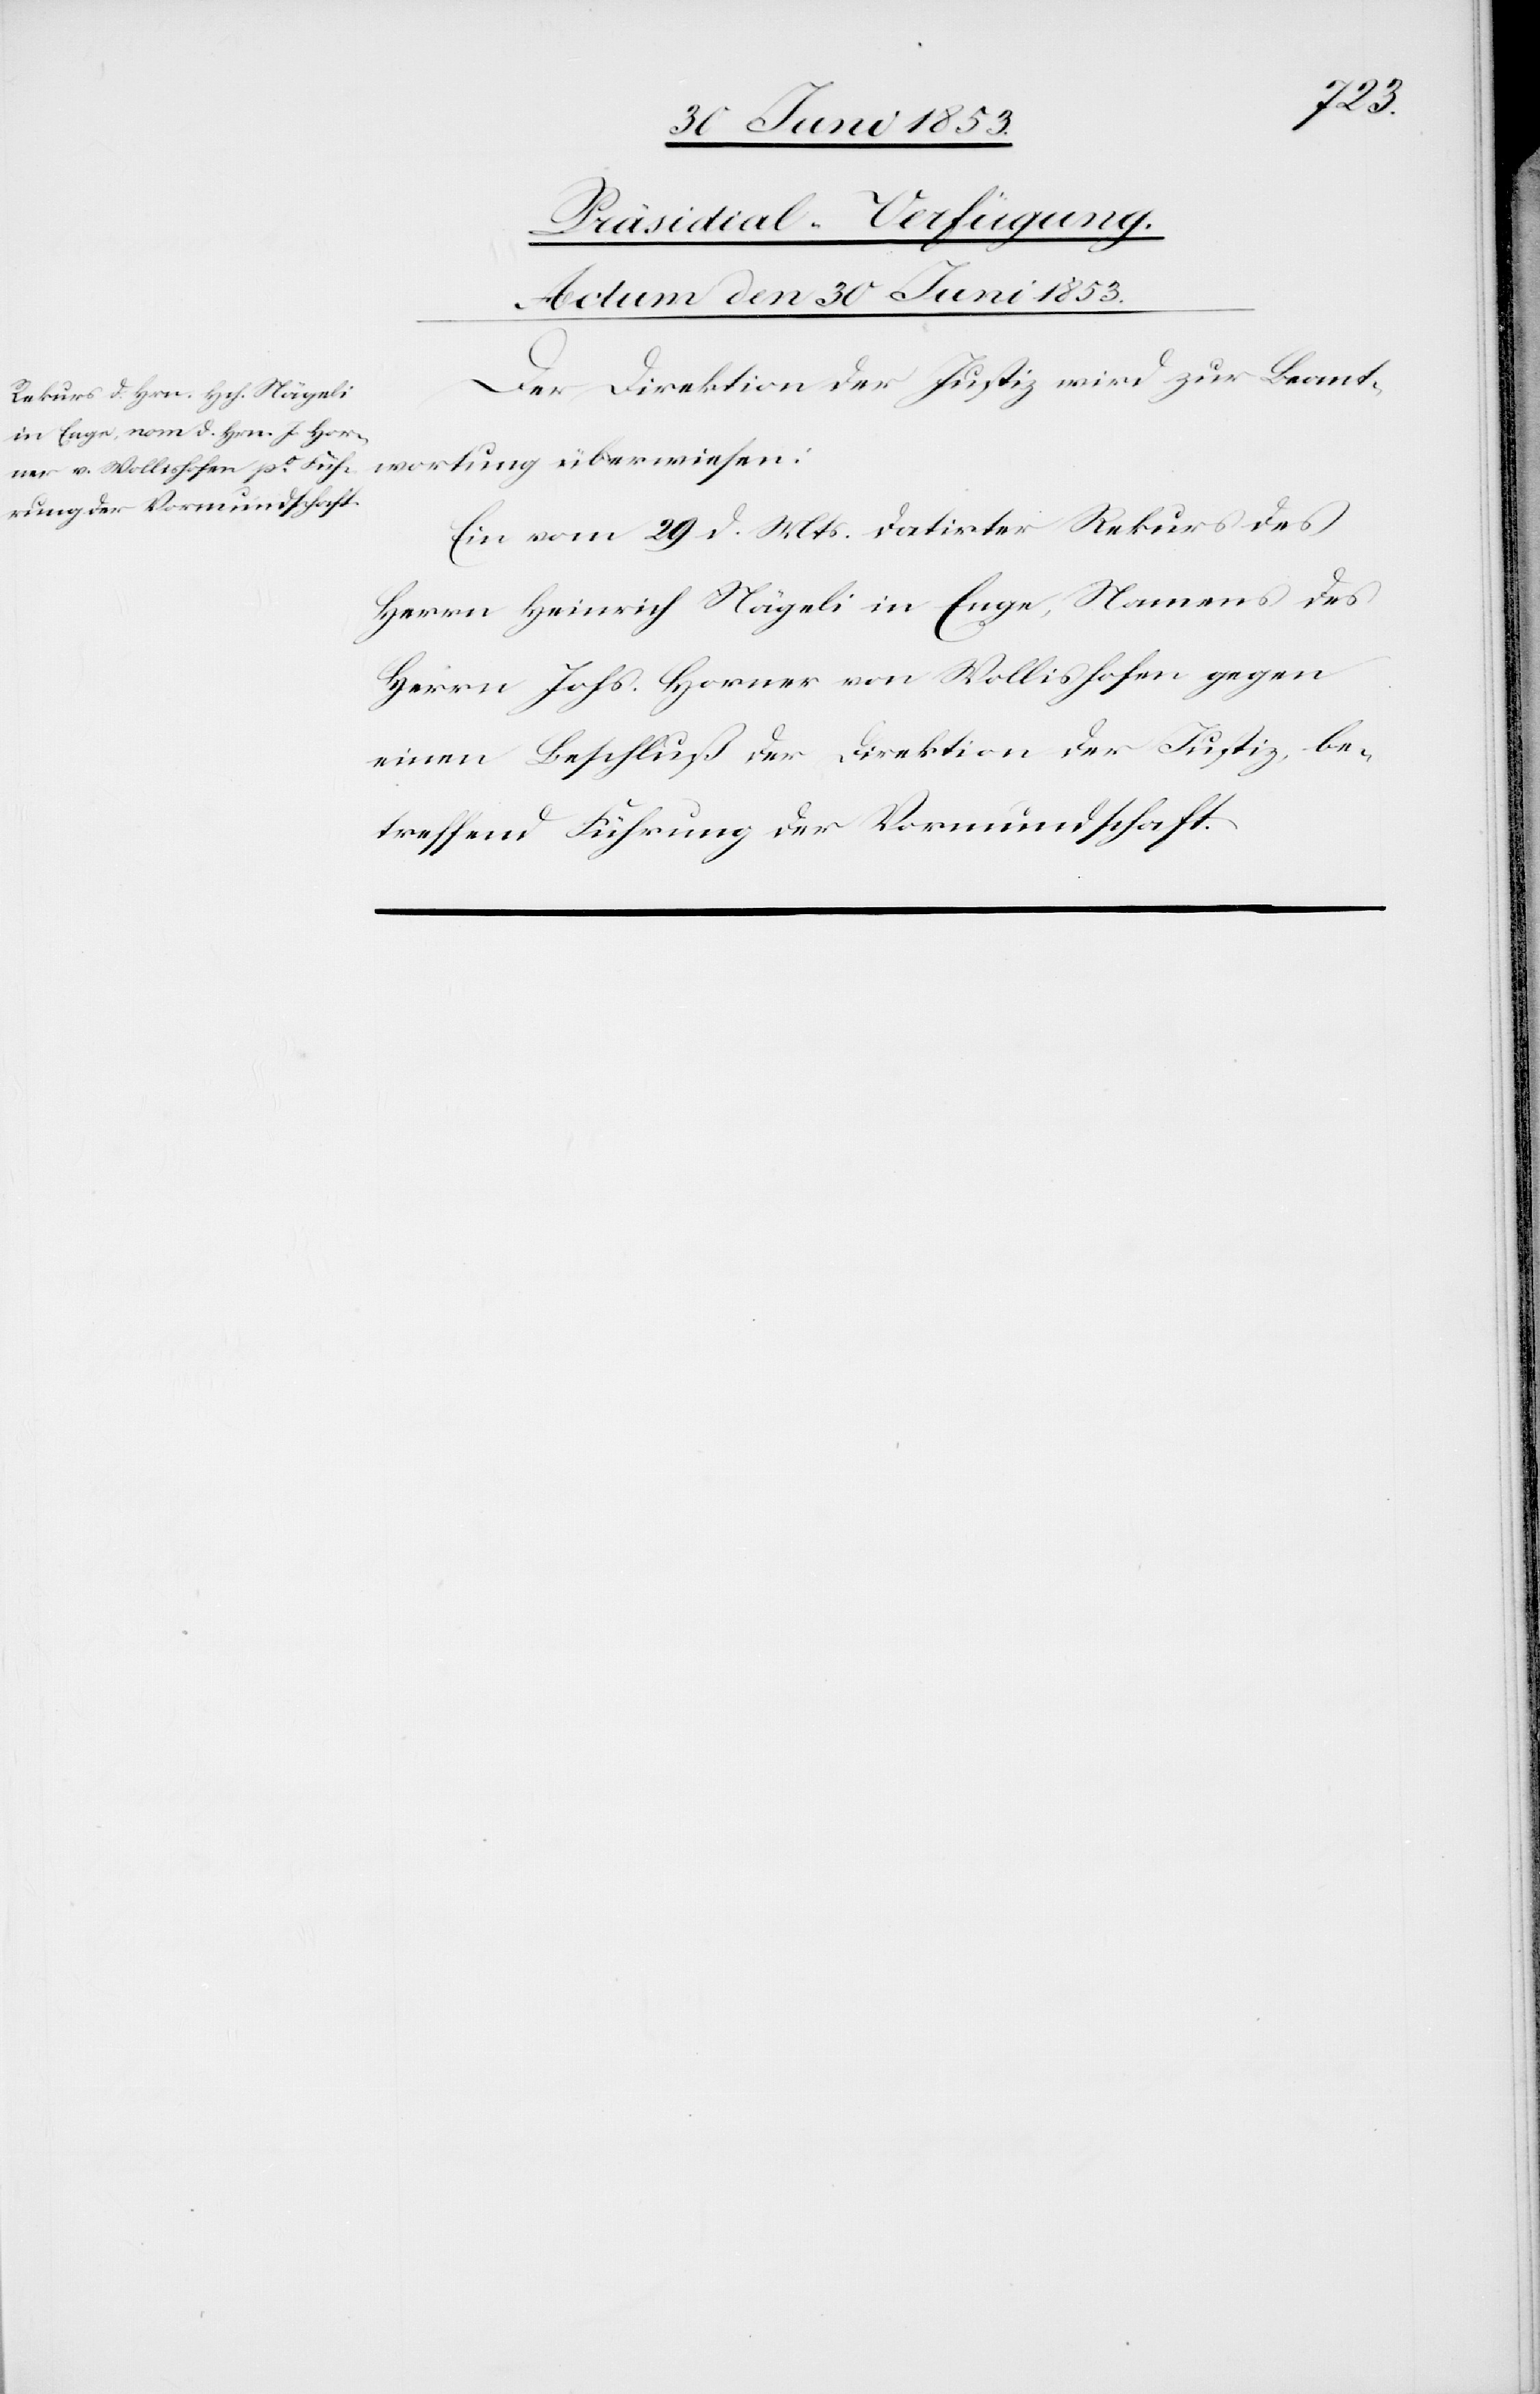
Präsidial-Verfügung.
Actum den 30 Juni 1853.
Der Direktion der Justiz wird zur Beant¬
wortung überwiesen:
Ein vom 29 d. Mts. datirter Rekurs des
Herrn Heinrich Nägeli in Enge, Namens des
Herrn Johs. Horner von Wollishofen, gegen
einen Beschluß der Direktion der Justiz, be¬
treffend Führung der Vormundschaft.